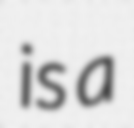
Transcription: is a